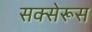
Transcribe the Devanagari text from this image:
सक्सेरूस